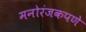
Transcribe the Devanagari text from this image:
मनोरंजकपणे